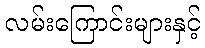
လမ်းကြောင်းများနှင့်